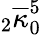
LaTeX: {}_{2}\overline{{\kappa}}_{0}^{5}